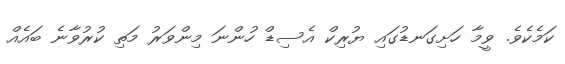
ކަމެކެވެ. ވީމާ ހަށިގަނޑުގައި ޔުރިކް އެސިޑް ހުންނަ މިންވަރު މަތި ކުރުވާނެ ބައެއް